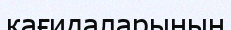
кағидаларының